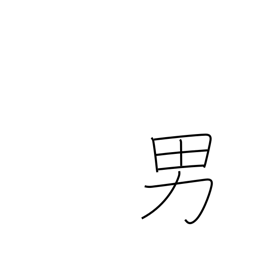
Meaning: male